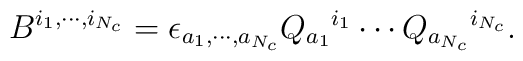
B^{i_1, \cdots, i_{N_c}}=\epsilon_{a_1,\cdots, a_{N_c}} Q_{a_1}{}^{i_1} \cdots Q_{a_{N_c}}{}^{i_{N_c}} .